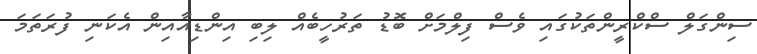
ސިންގަލް ސްކްރީންތަކުގައި ވެސް ފިލްމަށް ބޮޑު ތަރުހީބެއް ލިބި އިންޑިއާއިން އެކަނި ފުރަތަމަ